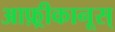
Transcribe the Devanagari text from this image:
आफ़्रीकानूस्